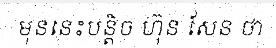
មុននេះបន្តិច ហ៊ុន សែន ថា